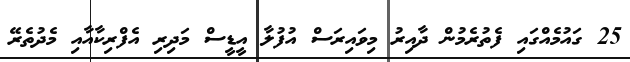
25 ގައުމެއްގައި ފެތުރެމުން ދާއިރު މިވައިރަސް އުފުލާ އީޑީސް މަދިރި އެފްރިކާއާއި މެދުތެރޭ